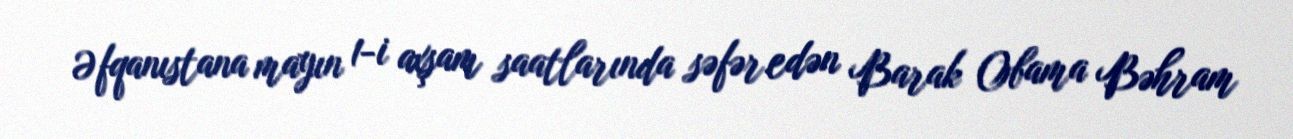
Əfqanıstana mayın 1-i axşam saatlarında səfər edən Barak Obama Bəhram